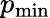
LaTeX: p_{\mathrm{min}}